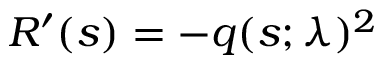
R ^ { \prime } ( s ) = - q ( s ; \lambda ) ^ { 2 }